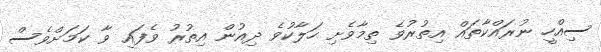
ސިއްހީ ނުރައްކާތައް އިތުރުވެ ތިމާވެށި ހަލާކުވެ ދިއުން އިތުރު ވެފައި ވާ ކަމަށްވެސް